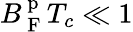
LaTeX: B_{\mathrm{~F~}}^{\mathrm{~p~}}T_{c}\ll 1